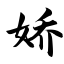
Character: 娇